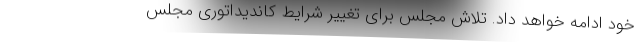
خود ادامه خواهد داد. تلاش مجلس برای تغییر شرایط کاندیداتوری مجلس